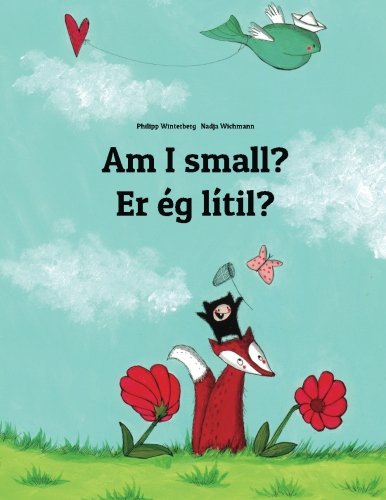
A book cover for Am I small? Er Ã©g smÃ¡?: Children's Picture Book English-Icelandic (Dual Language/Bilingual Edition); Philipp Winterberg; Children's Books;